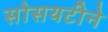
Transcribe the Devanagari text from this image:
सोसयटीने